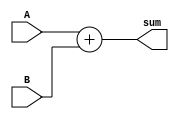
module Adder (
    input [31:0] A,
    input [31:0] B,
    output reg [31:0] sum
);

always @ (A or B)
begin
    sum = A + B;
end

endmodule